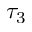
\tau _ { 3 }